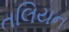
તલિયન